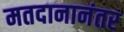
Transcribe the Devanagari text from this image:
मतदानानंतर